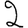
Digit: 2